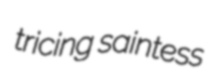
tricing saintess